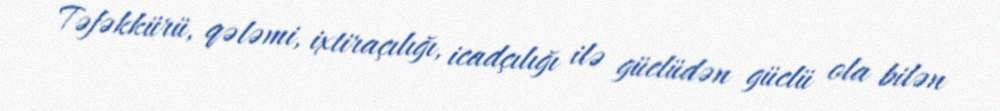
Təfəkkürü, qələmi, ixtiraçılığı, icadçılığı ilə güclüdən güclü ola bilən